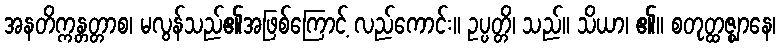
အနတိက္ကန္တတ္တာစ၊ မလွန်သည်၏အဖြစ်ကြောင့် လည်ကောင်း။ ဥပ္ပတ္တိ၊ သည်။ သိယာ၊ ၏။ စတုတ္ထဇ္ဈာနေ၊